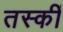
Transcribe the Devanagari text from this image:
तस्कीं